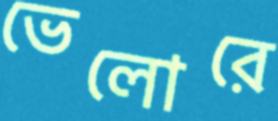
ভেলোরে